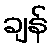
ချန်